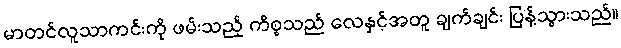
မာတင်လူသာကင်းကို ဖမ်းသည့် ကိစ္စသည် လေနှင့်အတူ ချက်ချင်း ပြန့်သွားသည်။